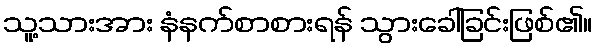
သူ့သားအား နံနက်စာစားရန် သွားခေါ်ခြင်းဖြစ်၏။